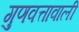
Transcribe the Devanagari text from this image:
गुणवत्तावाली